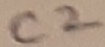
Text: C2